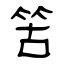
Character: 䇢